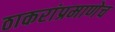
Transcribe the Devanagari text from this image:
ठाकरांप्रमाणेच